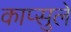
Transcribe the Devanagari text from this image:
काप्सुले